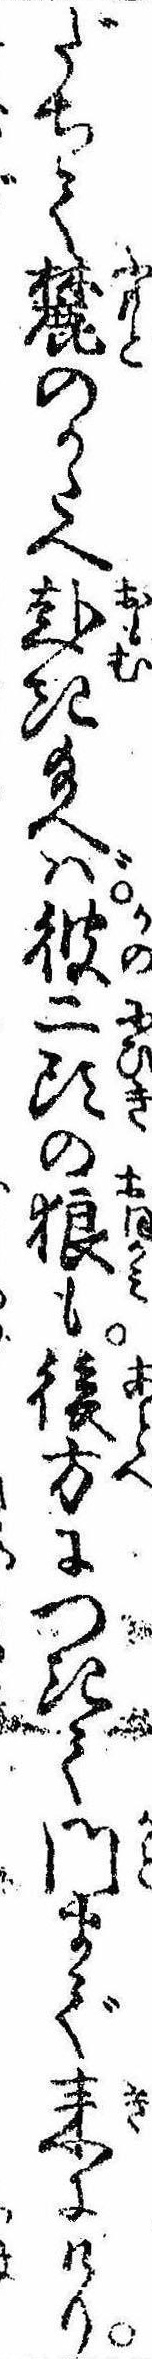
だちて麓のかたへ赴き給へば彼二頭の狼も後方につきて門まで来にけり